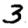
Digit: 3